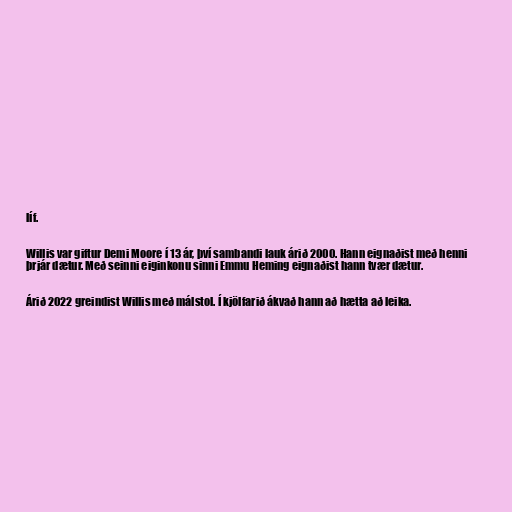
líf.

Willis var giftur Demi Moore í 13 ár, því sambandi lauk árið 2000. Hann eignaðist með henni
þrjár dætur. Með seinni eiginkonu sinni Emmu Heming eignaðist hann tvær dætur.

Árið 2022 greindist Willis með málstol. Í kjölfarið ákvað hann að hætta að leika.